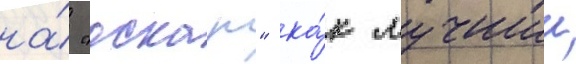
на́ "оскар" ка́к лучшии